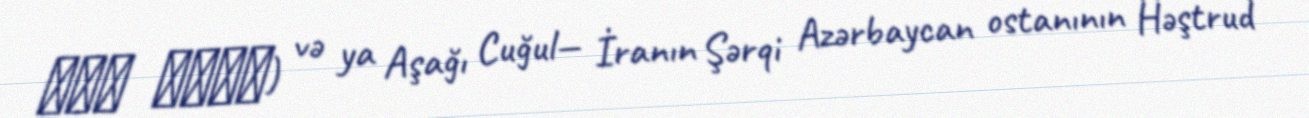
جغل سفلي) və ya Aşağı Cuğul— İranın Şərqi Azərbaycan ostanının Həştrud